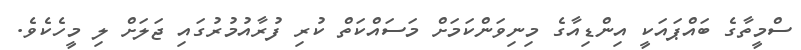
ސްމީތާގެ ބައްޕައަކީ އިންޑިއާގެ މިނިވަންކަމަށް މަސައްކަތް ކުރި ފުރާއުމުރުގައި ޖަލަށް ލި މީހެކެވެ.